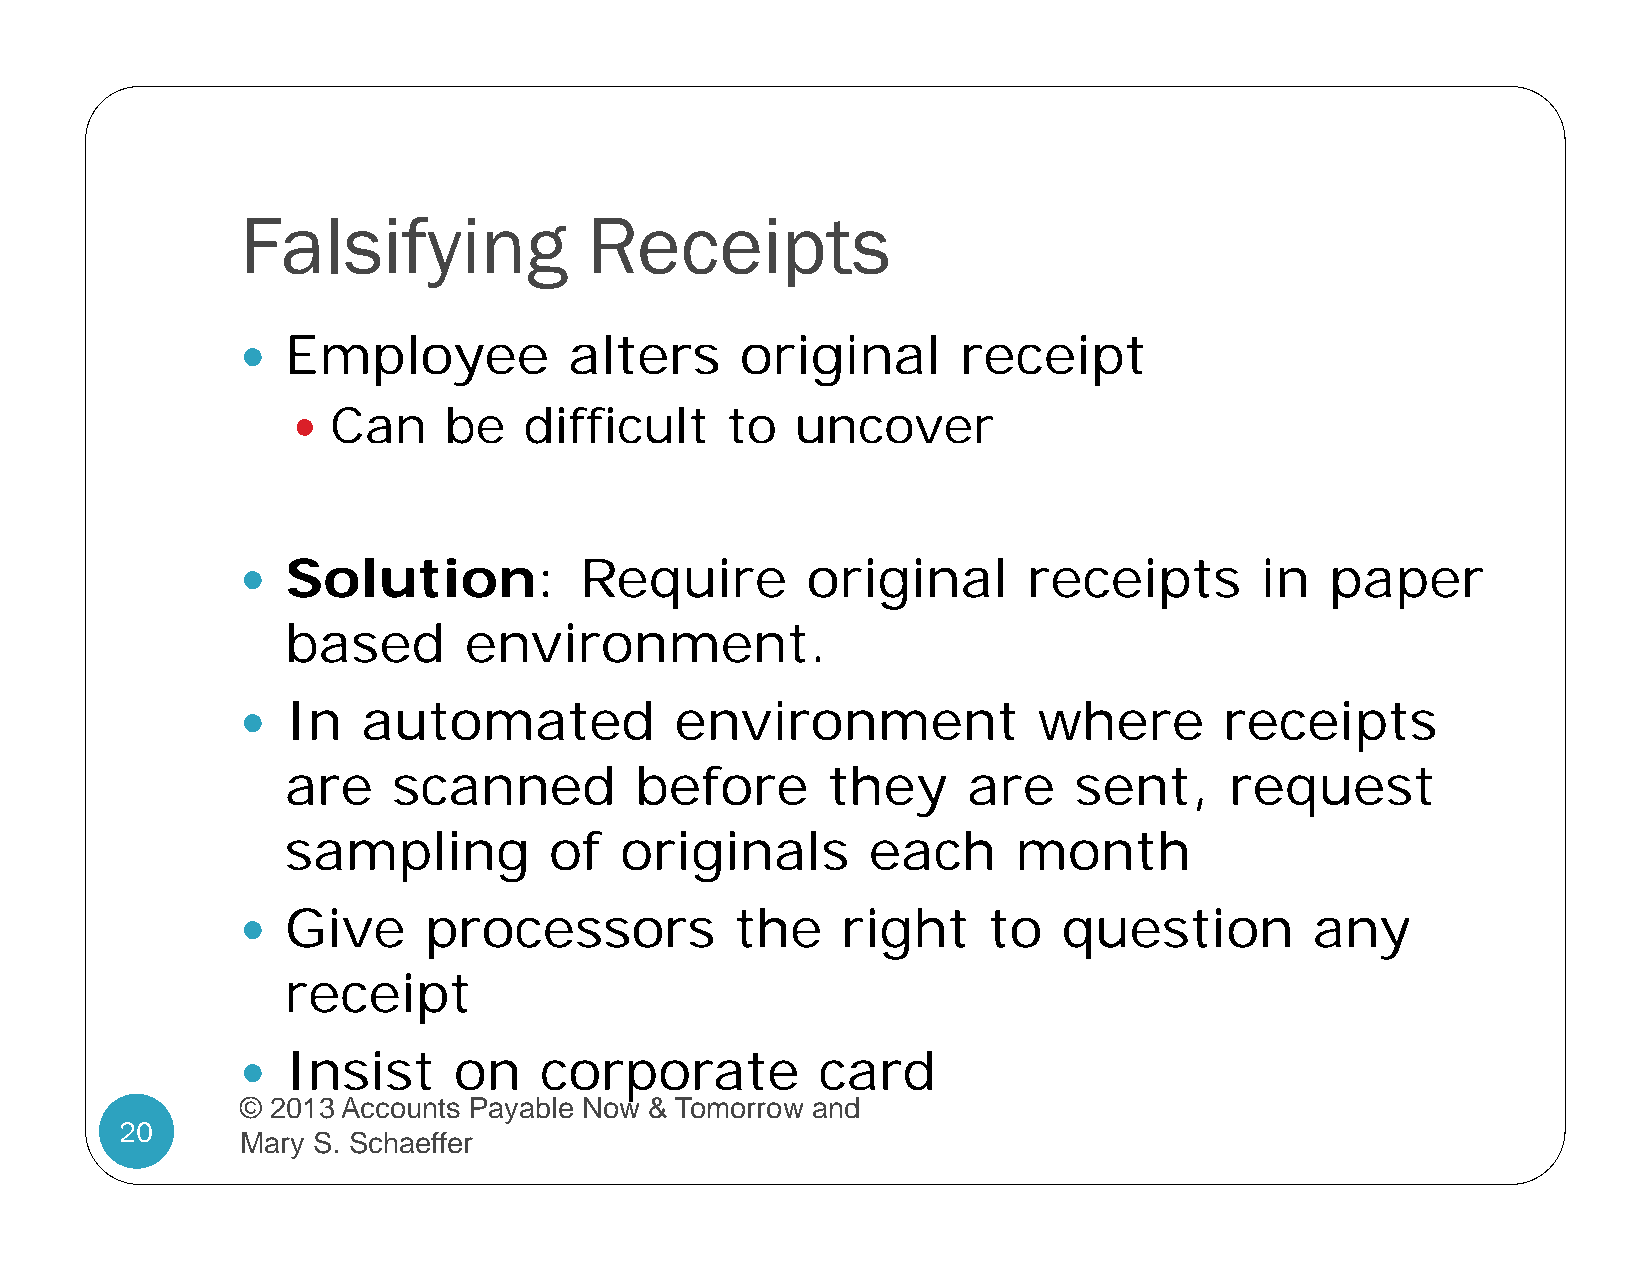
Falsifying             Receipts
 Employee           alters     original       receipt
 
   Can    be    difficult    to   uncover
 Solution:          Require        original       receipts       in   paper
 
 based       environment.
 In   automated            environment             where       receipts
 
 are    scanned         before       they     are    sent,     request
 sampling         of   originals       each      month
 Give     processors           the    right    to   question         any
 
 receipt
 Insist     on    corporate         card
 
 © 2013 Accounts Payable Now & Tomorrow and
 20
 Mary S. Schaeffer